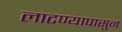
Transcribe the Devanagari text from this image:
लाटण्यापासुन